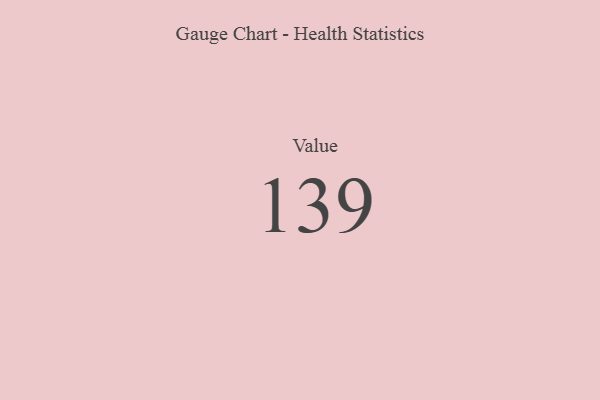
{"axis": {"x": "Metric", "y": "Value"}, "legend": [""], "data": [{"x": "Value", "y": 139, "type": ""}]}